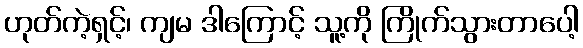
ဟုတ်ကဲ့ရှင့်၊ ကျမ ဒါကြောင့် သူ့ကို ကြိုက်သွားတာပေါ့